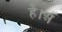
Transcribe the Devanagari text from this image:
है।अ